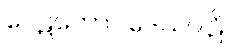
ပေဋတောပဒေသပါဠိ